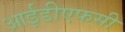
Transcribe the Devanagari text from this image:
आईडीएफसी